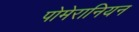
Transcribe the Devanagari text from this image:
पोमेरानियन